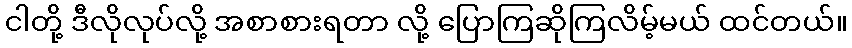
ငါတို့ ဒီလိုလုပ်လို့ အစာစားရတာ လို့ ပြောကြဆိုကြလိမ့်မယ် ထင်တယ်။